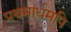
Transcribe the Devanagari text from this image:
प्रथमार्धमपि